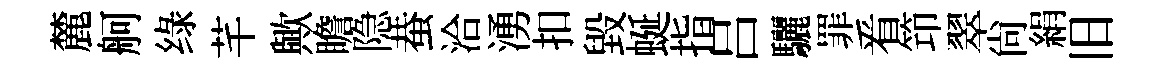
麓舸绿芊歟瞻隐蛬洽湧扣毀蜒指吕驪罪㸔笻翠尙絹旧